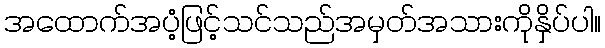
အထောက်အပံ့ဖြင့်သင်သည်အမှတ်အသားကိုနှိပ်ပါ။